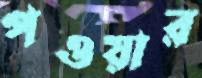
পওয়ার